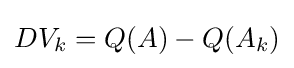
DV_{k}=Q(A)-Q(A_{k})